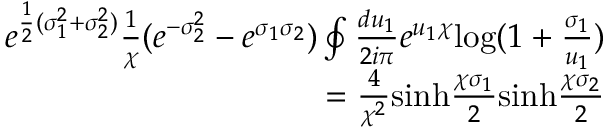
\begin{array} { r l r } & { } & { e ^ { \frac { 1 } { 2 } ( \sigma _ { 1 } ^ { 2 } + \sigma _ { 2 } ^ { 2 } ) } \frac { 1 } { \chi } ( e ^ { - \sigma _ { 2 } ^ { 2 } } - e ^ { \sigma _ { 1 } \sigma _ { 2 } } ) \oint \frac { d u _ { 1 } } { 2 i \pi } e ^ { u _ { 1 } \chi } \mathrm { l o g } ( 1 + \frac { \sigma _ { 1 } } { u _ { 1 } } ) } \\ & { } & { = \frac { 4 } { \chi ^ { 2 } } \mathrm { s i n h } \frac { \chi \sigma _ { 1 } } { 2 } \mathrm { s i n h } \frac { \chi \sigma _ { 2 } } { 2 } } \end{array}